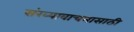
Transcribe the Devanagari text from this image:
संख्यावाचनासाठी